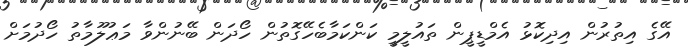
އޭގެ އިތުރުން އިދިކޮޅު އެމްޑީޕީން ތައުލީމީ ކަންކަމާބެހޭގޮތުން ހޯދަން ބޭނުންވާ މަޢުލޫމާތު ހޯދުމަށް